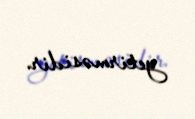
yetirməsidir.